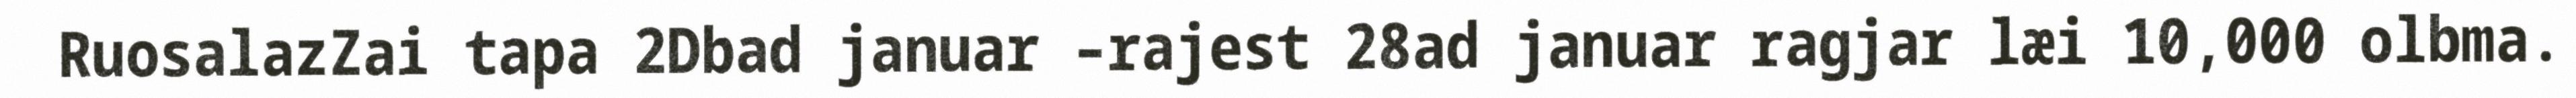
RuosalazZai tapa 2Dbad januar –rajest 28ad januar ragjar læi 10,000 olbma.